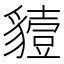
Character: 𧴒